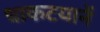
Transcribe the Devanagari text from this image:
धाकटयानें